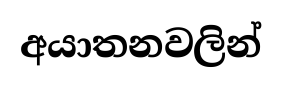
අයාතනවලින්